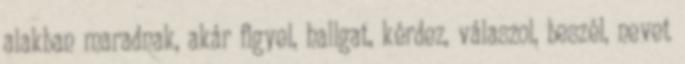
alakban maradnak, akár figyel, hallgat, kérdez, válaszol, beszél, nevet